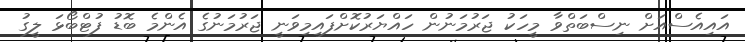
އައިއެސްއަށް ނިސްބަތްވާ މީހަކު ޖަރުމަނުން ހައްޔަރުކޮށްފައިމިވަނީ ޖަރުމަނުގެ އެންމެ ބޮޑު ފުޓްބޯޅަ ލީގު